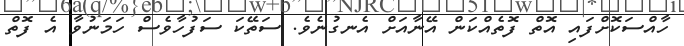
ހާއްސަކޮށްފައި އޮތް ފޮތެއްކަން އޭނާއަށް އެނގުނެވެ. ސަތޭކަ ސަފުހާވެސް ހަމަނުވާ އެ ފޮތް